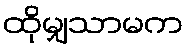
ထိုမျှသာမက